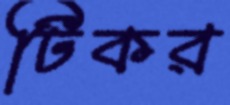
টিকর